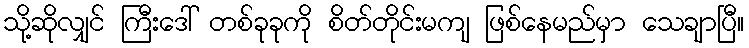
သို့ဆိုလျှင် ကြီးဒေါ် တစ်ခုခုကို စိတ်တိုင်းမကျ ဖြစ်နေမည်မှာ သေချာပြီ။